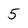
Character: 5